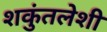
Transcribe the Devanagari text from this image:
शकुंतलेशी